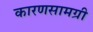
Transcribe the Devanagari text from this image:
कारणसामग्री